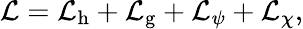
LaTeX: {\mathcal{L}}={\mathcal{L}}_{\mathrm{h}}+{\mathcal{L}}_{\mathrm{g}}+{\mathcal{L}}_{\psi}+{\mathcal{L}}_{\chi},